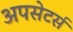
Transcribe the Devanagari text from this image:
अपसेटर्स